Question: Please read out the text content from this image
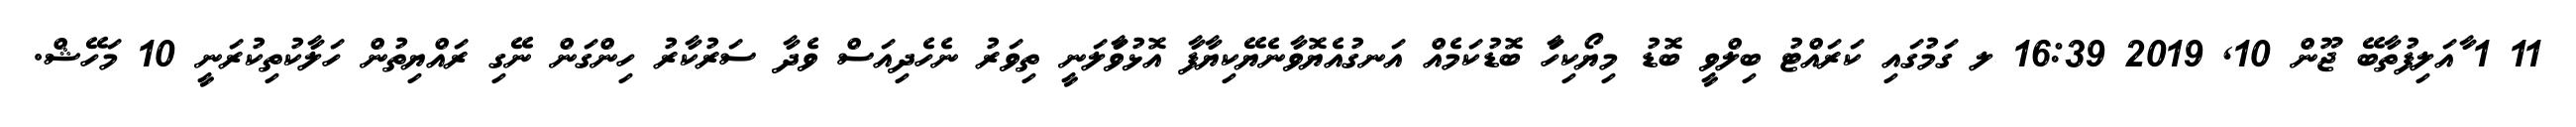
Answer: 11 1 ާއަލިފުތާބޭ ޖޫން 10, 2019 16:39 ލ ގަމުގައި ކަރައްޓު ބިލްވީ ބޮޑު މިޔޯކިހާަ ބޮޑުކަމެއް އަނގުއެޔޮވާނެޔޭކިޔާފާ އޮޅުވާަލަނީ ތިވަރު ނެހެދިއަސް ވެދާ ސަރުކާރު ހިންގަން ނޭގި ރައްޔިތުން ހަލާކުތިކުރަނީ 10 މަހޭޝް.